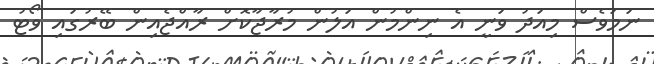
ނަމަވެސް މިއަދު ވަނީ އެ ނިންމުން އަލުން މުރާޖާކޮށް ރާއްޖެއިން ބޭރުގައި ވޯޓު